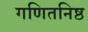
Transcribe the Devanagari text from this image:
गणितनिष्ठ